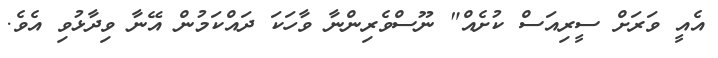
އެއީ ވަރަށް ސީރިއަސް ކުށެއް" ނޫސްވެރިންނާ ވާހަކަ ދައްކަމުން އޭނާ ވިދާޅުވި އެވެ.